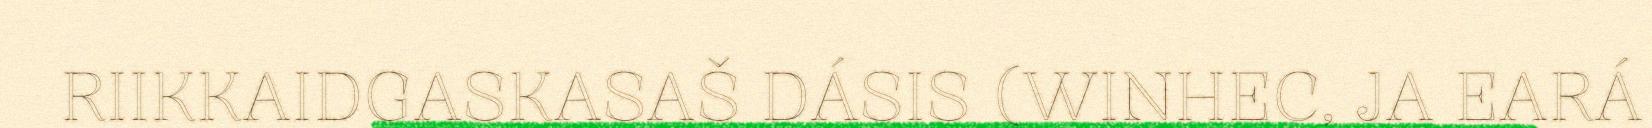
RIIKKAIDGASKASAŠ DÁSIS (WINHEC, JA EARÁ